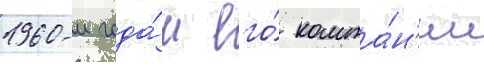
1960-м года́м его́ компа́н'ии